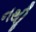
નથીૢ